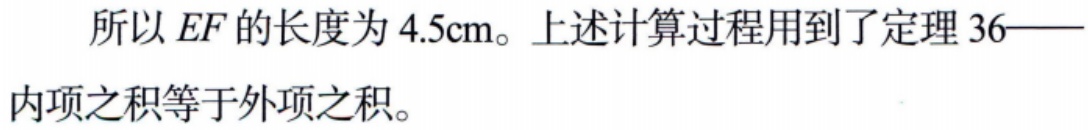
所以 \(EF\) 的长度为 \(4.5\text{cm}\)。上述计算过程用到了定理 36——内项之积等于外项之积。